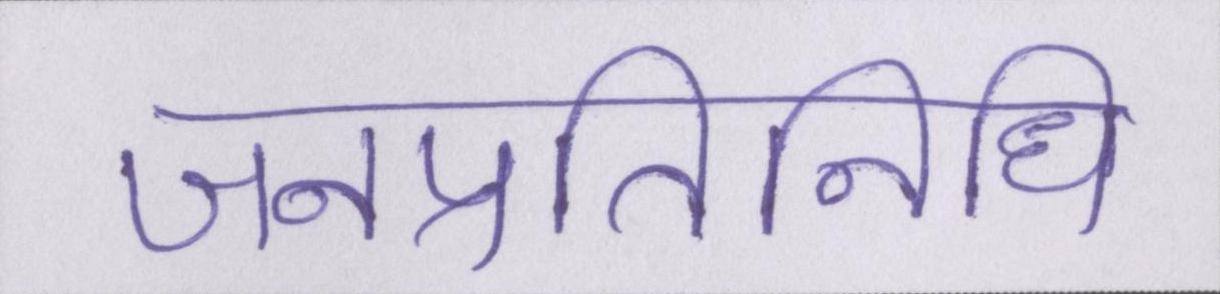
जनप्रतिनिधि